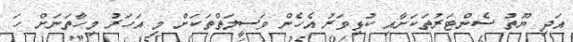
އަދި ޔޫތު ސެންޓަރުތަކަށާއި ކުޅިވަރު އެހެން ވަސީލަތްތަކަށް މި އަހަރު މިހާތަނަށް ހަ